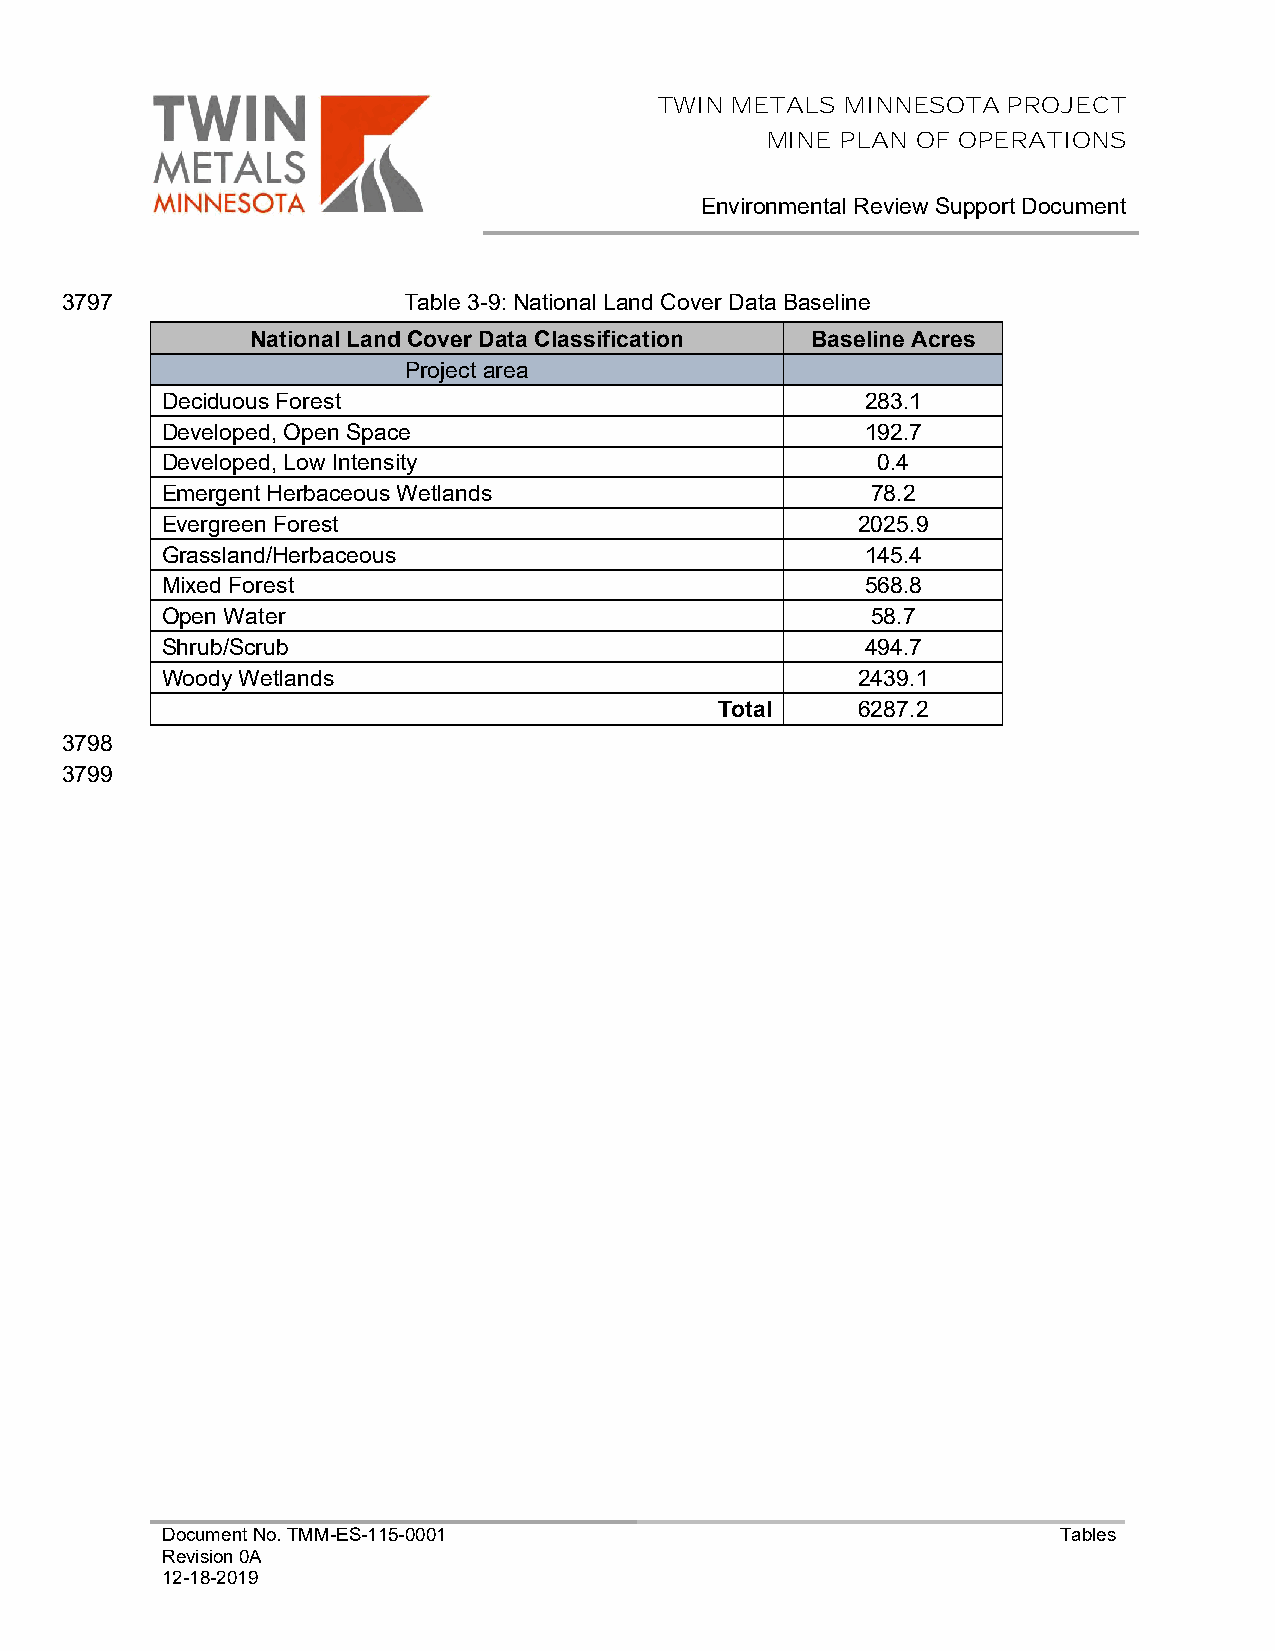
TWIN METALS MINNESOTA  PROJECT
 MINE PLAN OF OPERATIONS
 Environmental Review Support Document
 3797                   Table 3-9: National Land Cover Data Baseline
 National Land Cover Data Classification Baseline Acres
 Project area
 Deciduous Forest                              283.1
 Developed, Open Space                         192.7
 Developed, Low Intensity                       0.4
 Emergent Herbaceous Wetlands                   78.2
 Evergreen Forest                              2025.9
 Grassland/Herbaceous                          145.4
 Mixed Forest                                  568.8
 Open Water                                     58.7
 Shrub/Scrub                                   494.7
 Woody Wetlands                                2439.1
 Total    6287.2
 3798
 3799
 Document No. TMM-ES-115-0001                               Tables
 Revision 0A
 12-18-2019